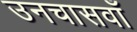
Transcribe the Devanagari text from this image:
उनचासवाँ